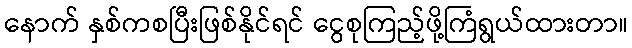
နောက် နှစ်ကစပြီးဖြစ်နိုင်ရင် ငွေစုကြည့်ဖို့ကြံရွယ်ထားတာ။